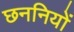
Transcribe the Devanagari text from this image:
छननियों